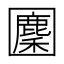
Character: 𡈳